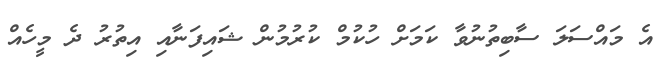
އެ މައްސަލަ ސާބިތުނުވާ ކަމަށް ހުކުމް ކުރުމުން ޝައިފަނާއި އިތުރު ދެ މީހެއް